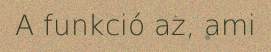
A funkció az, ami